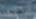
الضحلة